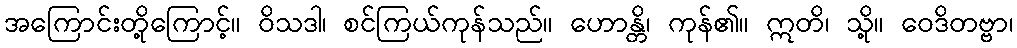
အကြောင်းတို့ကြောင့်။ ဝိသဒါ၊ စင်ကြယ်ကုန်သည်။ ဟောန္တိ၊ ကုန်၏။ ဣတိ၊ သို့။ ဝေဒိတဗ္ဗာ၊